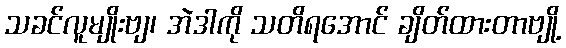
သခင်လူမျိုးဗျ၊ အဲဒါကို သတိရအောင် ချိတ်ထားတာဗျို့